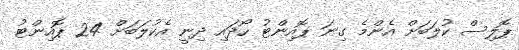
ޕޮލިސް ކުލަަބަށް އެންމެ ގިނަ ޕޮއިންޓު ހޯދައި ދިނީ އެކުލަބަށް 24 ޕޮއިންޓު